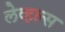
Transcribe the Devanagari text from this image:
लेव्हल्स